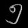
Digit: ၅